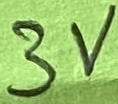
Text: 3V